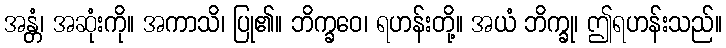
အန္တံ၊ အဆုံးကို။ အကာသိ၊ ပြု၏။ ဘိက္ခဝေ၊ ရဟန်းတို့။ အယံ ဘိက္ခု၊ ဤရဟန်းသည်။